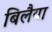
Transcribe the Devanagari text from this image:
बिलैया